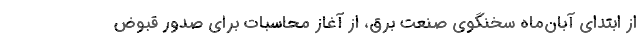
از ابتدای آبان‌ماه سخنگوی صنعت برق، از آغاز محاسبات برای صدور قبوض